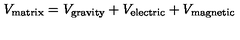
V _ { \mathrm { m a t r i x } } = V _ { \mathrm { g r a v i t y } } + V _ { \mathrm { e l e c t r i c } } + V _ { \mathrm { m a g n e t i c } }